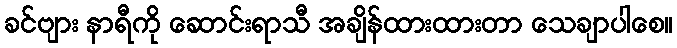
ခင်ဗျား နာရီကို ဆောင်းရာသီ အချိန်ထားထားတာ သေချာပါစေ။